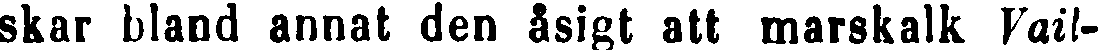
skar bland annat den åsigt att marskalk Vail-